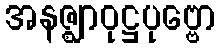
အနဇ္ဈာဝုဋ္ဌပုဗ္ဗော